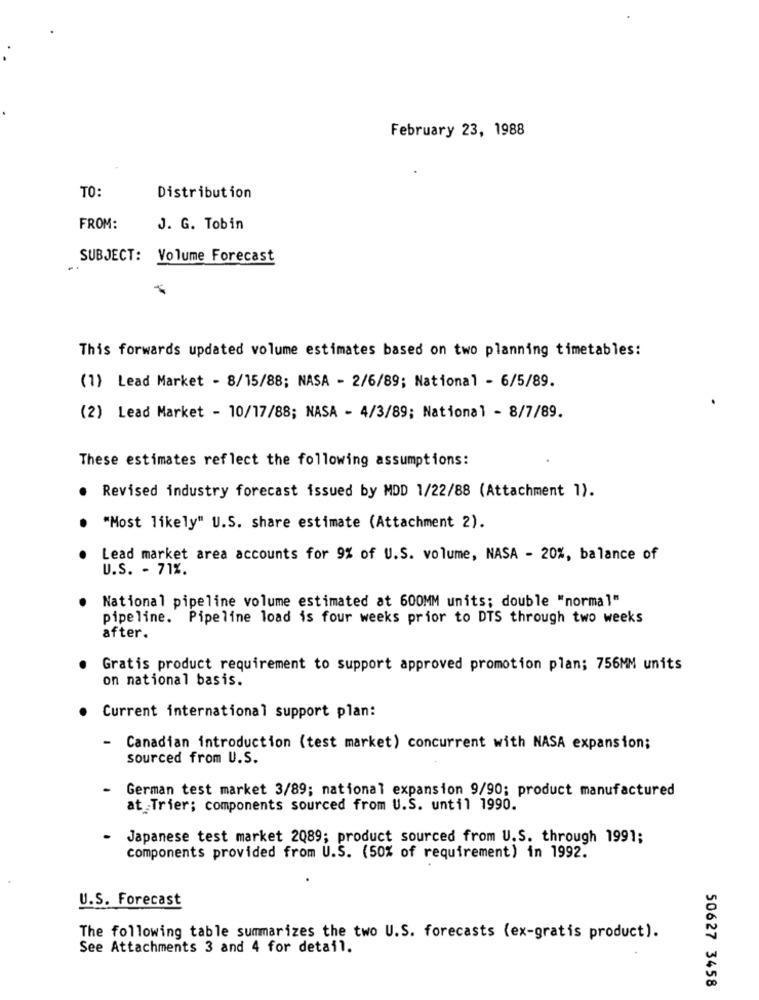
February 23, 1988
TO:
Distribution
FROM:
J. G. Tobin
SUBJECT: Volume Forecast
This forwards updated volume estimates based on two planning timetables:
(1) Lead Market - 8/15/88; NASA - 2/6/89; National - 6/5/89.
(2) Lead Market - 10/17/88; NASA - 4/3/89; National - 8/7/89.
These estimates reflect the following assumptions:
Revised industry forecast issued by MDD 1/22/88 (Attachment 1).
"Most likely" U.S. share estimate (Attachment 2).
Lead market area accounts for 9% of U.S. volume, NASA - 20%, balance of
U.S. - 71%.
National pipeline volume estimated at 600MM units; double "normal"
pipeline. Pipeline load is four weeks prior to DTS through two weeks
after.
Gratis product requirement to support approved promotion plan; 756MM units
on national basis.
Current international support plan:
-
Canadian introduction (test market) concurrent with NASA expansion;
sourced from U.S.
German test market 3/89; national expansion 9/90; product manufactured
at Trier; components sourced from U.S. until 1990.
Japanese test market 2089; product sourced from U.S. through 1991;
components provided from U.S. (50% of requirement) in 1992.
U.S. Forecast
The following table summarizes the two U.S. forecasts (ex-gratis product).
See Attachments 3 and 4 for detail.
50627 3458